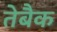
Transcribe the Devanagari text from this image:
तेबैक